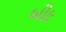
બી૯